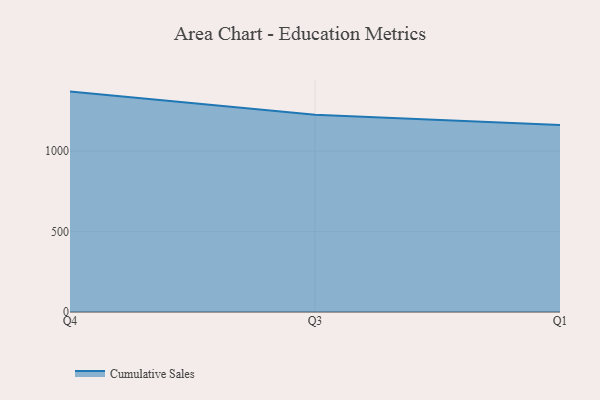
{"axis": {"x": "Quarter", "y": "Gross Profit (USD K)"}, "legend": ["Cumulative Sales"], "data": [{"x": "Q4", "y": 1370.3, "type": "Cumulative Sales"}, {"x": "Q3", "y": 1226.8, "type": "Cumulative Sales"}, {"x": "Q1", "y": 1163.4, "type": "Cumulative Sales"}]}